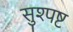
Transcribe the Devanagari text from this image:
सुश्पष्ट